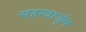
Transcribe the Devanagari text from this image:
सहस्त्रार्जून